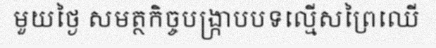
មួយថ្ងៃ សមត្ថកិច្ចបង្ក្រាបបទល្មើសព្រៃឈើ